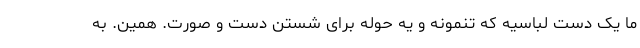
ما یک دست لباسیه که تنمونه و یه حوله برای شستن دست و صورت. همین. به